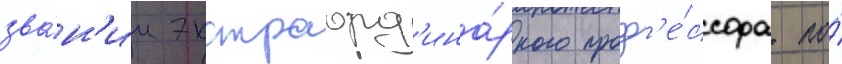
зва́н'ии экстраорд'ина́рного проф'е́ссора по́